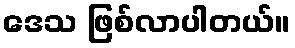
ဒေသ ဖြစ်လာပါတယ်။